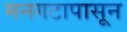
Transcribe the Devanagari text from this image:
मनगटापासून